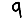
Digit: 9